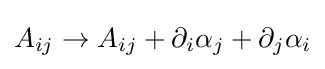
A_{ij}\to A_{ij}+\partial _{i}\alpha _{j}+\partial _{j}\alpha _{i}